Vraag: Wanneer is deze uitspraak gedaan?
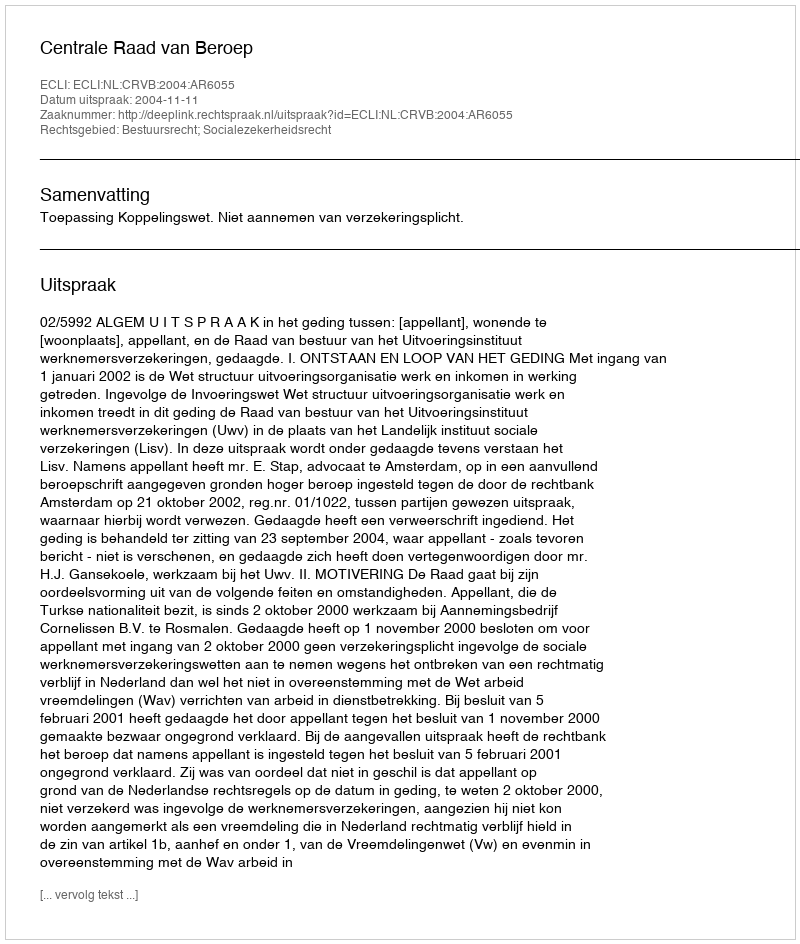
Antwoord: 2004-11-11